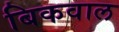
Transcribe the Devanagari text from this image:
बिकवाल